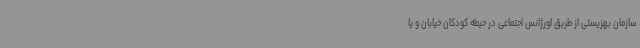
سازمان بهزیستی از طریق اورژانس اجتماعی در حیطه کودکان خیابان و یا